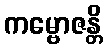
ကမ္ဗောဇန္တိ